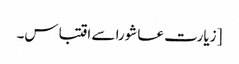
[زیارت عاشورا سے اقتباس۔